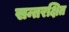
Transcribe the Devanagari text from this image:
सन्तरक्षित